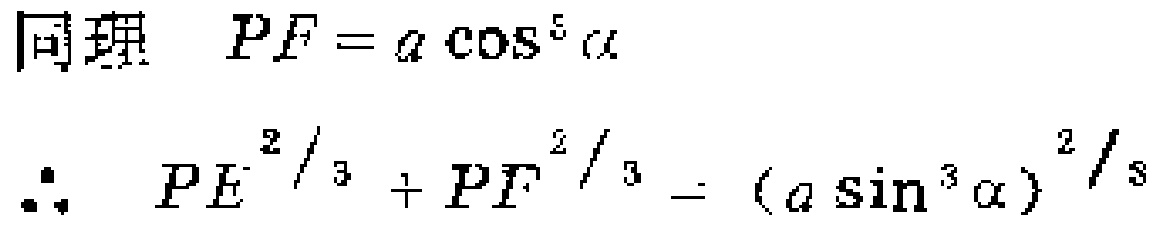
同理 \(PF = a\cos^{5}\alpha\)
\(\therefore PE^{2/3}+PF^{2/3}=(a\sin^{3}\alpha)^{2/3}\)